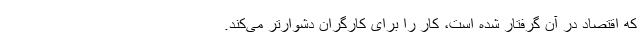
که اقتصاد در آن گرفتار شده است، کار را برای کارگران دشوارتر می‌کند.